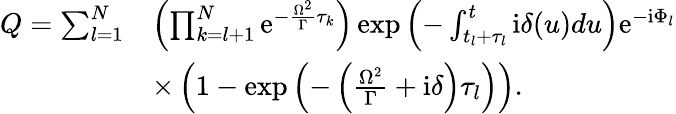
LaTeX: \begin{array}{rl}{Q=\sum_{l=1}^{N}}&{\left(\prod_{k=l+1}^{N}\mathrm{e}^{-\frac{\Omega^{2}}{\Gamma}\tau_{k}}\right)\exp\left(-\int_{t_{l}+\tau_{l}}^{t}\mathrm{i}\delta(u)du\right)\mathrm{e}^{-\mathrm{i}\Phi_{l}}}\\ &{\times\left(1-\exp\left(-\left(\frac{\Omega^{2}}{\Gamma}+\mathrm{i}\delta\right)\tau_{l}\right)\right).}\end{array}